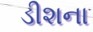
ડીશના